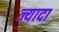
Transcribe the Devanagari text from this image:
ज्यादा